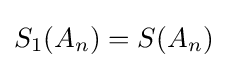
S_{1}(A_{n})=S(A_{n})